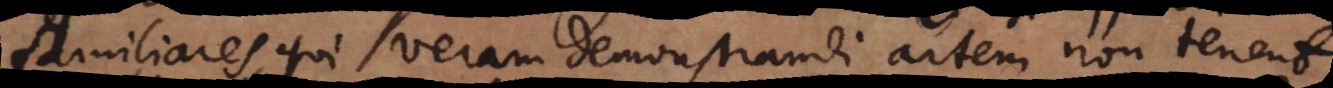
familiares, qui veram demonstrandi artem non tenent.